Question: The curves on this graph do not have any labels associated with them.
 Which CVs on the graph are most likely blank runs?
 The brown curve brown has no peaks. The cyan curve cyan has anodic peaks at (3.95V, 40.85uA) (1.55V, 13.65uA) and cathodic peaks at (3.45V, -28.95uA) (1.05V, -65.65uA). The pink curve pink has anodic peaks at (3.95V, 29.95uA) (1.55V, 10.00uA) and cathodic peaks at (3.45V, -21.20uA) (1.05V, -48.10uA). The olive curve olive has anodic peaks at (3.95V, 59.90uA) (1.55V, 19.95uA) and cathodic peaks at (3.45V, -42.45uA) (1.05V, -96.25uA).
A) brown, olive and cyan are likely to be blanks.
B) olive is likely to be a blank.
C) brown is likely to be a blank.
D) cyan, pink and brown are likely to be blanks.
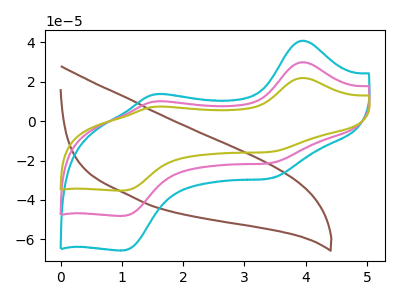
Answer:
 <answer>C) "brown" is likely to be a blank.</answer>
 <eval>C</eval>